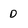
Character: 0